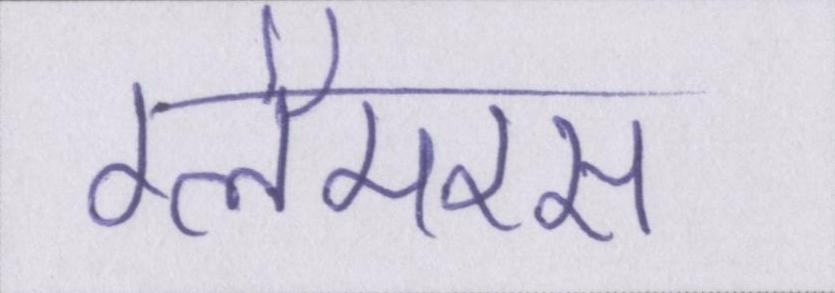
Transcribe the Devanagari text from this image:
ग्लैमरस